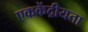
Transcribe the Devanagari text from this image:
एककेंद्रीयता